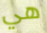
هي